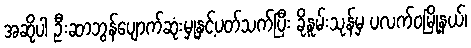
အဆိုပါ ဦးဆာဘွန်ပျောက်ဆုံးမှုနှင့်ပတ်သက်ပြီး ခိုနူမ်းသုန်မှ ပလက်ဝမြို့နယ်၊